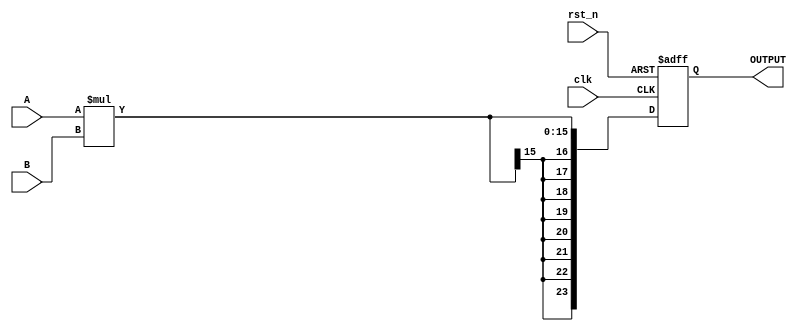
`timescale 1ns / 1ps
//////////////////////////////////////////////////////////////////////////////////
// Company: 
// Engineer: 
// 
// Design Name: 
// Module Name: Multiplier
// Project Name: 
// Target Devices: 
// Tool Versions: 
// Description: 
// 
// Dependencies: 
// 
// Revision:
// Revision 0.01 - File Created
// Additional Comments:
// 
//////////////////////////////////////////////////////////////////////////////////


module Multiplier(input signed [7: 0] A,
                  input signed [7: 0] B,
                  output reg signed [23: 0] OUTPUT,
                  input clk,
                  input rst_n);
always @(posedge clk or posedge rst_n) begin
    if (rst_n) begin
        OUTPUT <= 0;
    end else begin
        OUTPUT <= A * B;
    end
end
endmodule